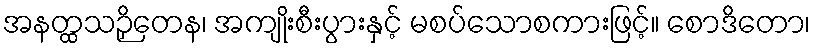
အနတ္ထသဉှိတေန၊ အကျိုးစီးပွားနှင့် မစပ်သောစကားဖြင့်။ စောဒိတော၊